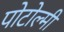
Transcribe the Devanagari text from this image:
पोटोल्मी